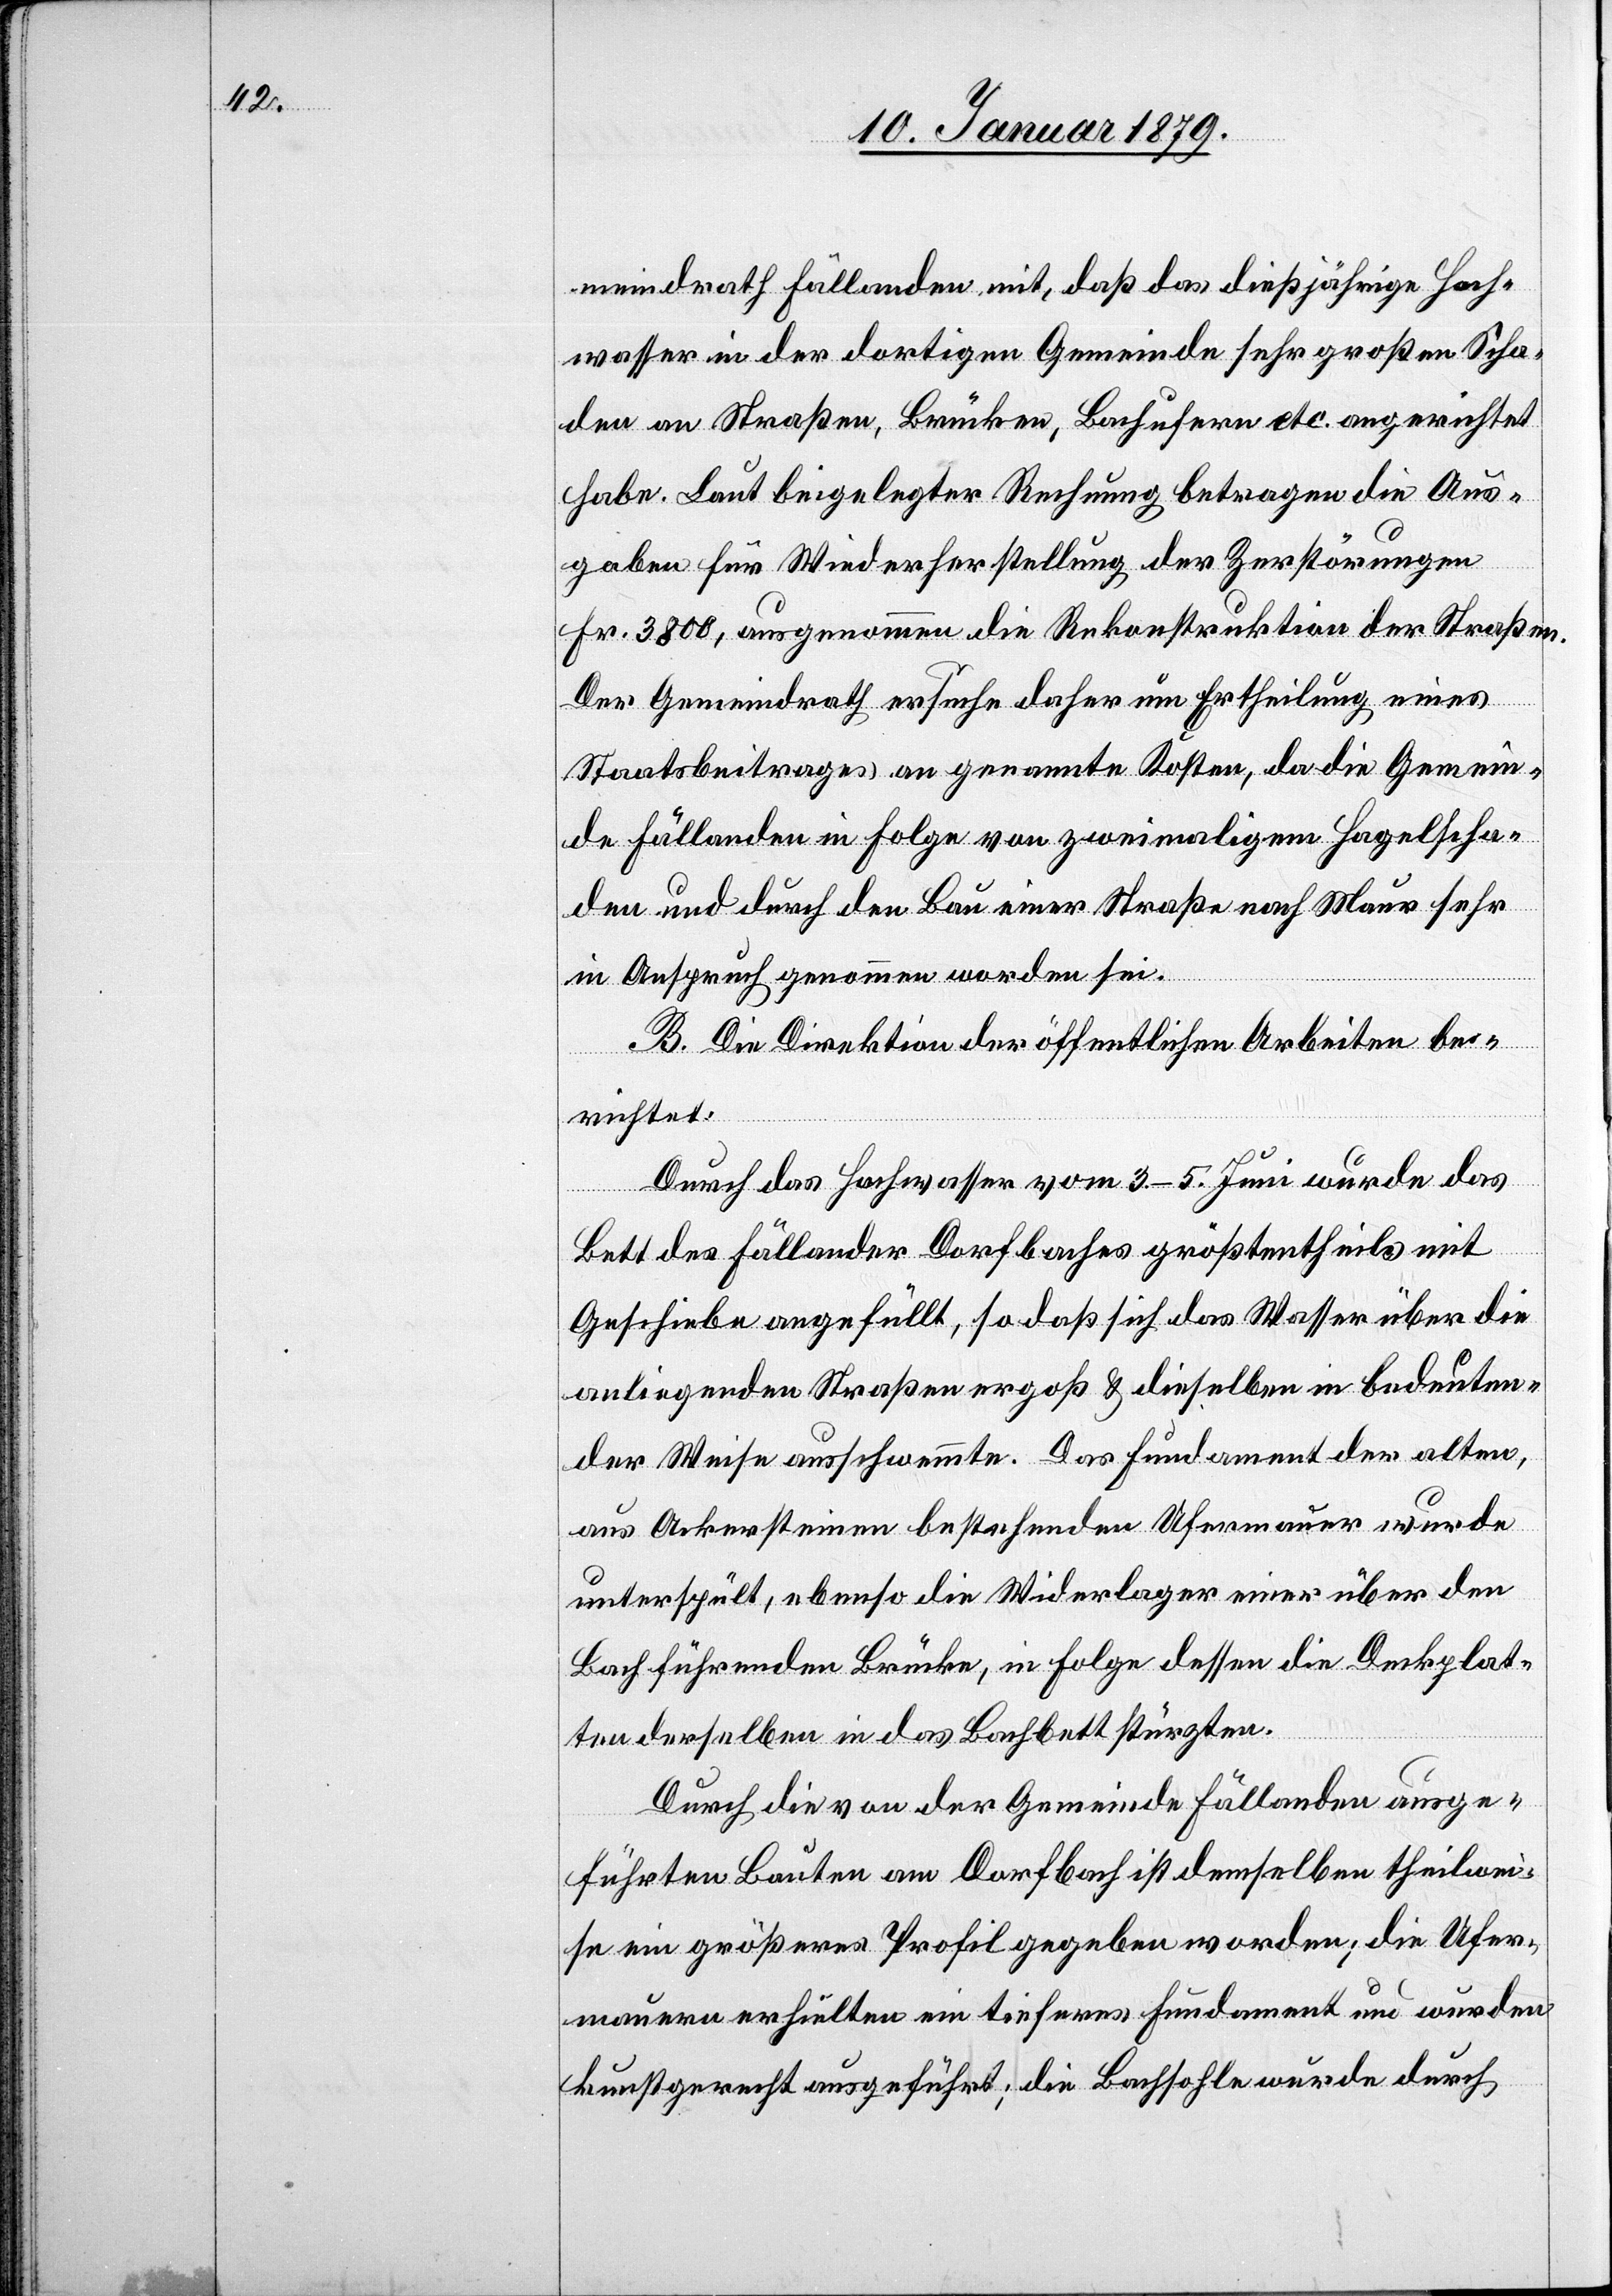
meindrath Fällanden mit, daß das dießjährige Hoch¬
wasser in der dortigen Gemeinde sehr großen Scha¬
den an Straßen, Brücken, Bachufern etc. angerichtet
habe. Laut beigelegter Rechnung betragen die Aus¬
gaben für Wiederherstellung der Zerstörungen
Fr. 3800, ausgenommen die Rekonstruktion der Straßen.
Der Gemeindrath ersuche daher um Ertheilung eines
Staatsbeitrages an genannte Kosten, da die Gemein¬
de Fällanden in Folge von zweimaligem Hagelscha¬
den und durch den Bau einer Straße nach Maur sehr
in Anspruch genommen worden sei.
B. Die Direktion der öffentlichen Arbeiten be¬
richtet:
Durch das Hochwasser vom 3.–5. Juni wurde das
Bett des Fällander Dorfbaches größtentheils mit
Geschiebe angefüllt, so daß sich das Wasser über die
anliegenden Straßen ergoß & dieselben in bedeuten¬
der Weise ausschwemmte. Das Fundament der alten,
aus Ackersteinen bestehenden Ufermauer wurde
unterspült, ebenso die Widerlager einer über den
Bach führenden Brücke, in Folge dessen die Deckplat¬
ten derselben in das Bachbett stürzten.
Durch die von der Gemeinde Fällanden ausge¬
führten Bauten am Dorfbach ist demselben theilwei¬
se ein größeres Profil gegeben worden; die Ufer¬
mauern erhielten ein tieferes Fundament und wurden
kunstgerecht ausgeführt; die Bachsohle wurde durch